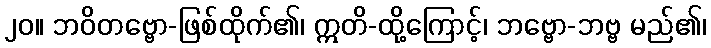
၂၀။ ဘဝိတဗ္ဗော-ဖြစ်ထိုက်၏၊ ဣတိ-ထို့ကြောင့်၊ ဘဗ္ဗော-ဘဗ္ဗ မည်၏၊